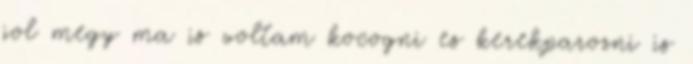
jol megy ma is voltam kocogni es kerekparozni is